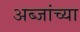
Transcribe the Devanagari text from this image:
अब्जांच्या